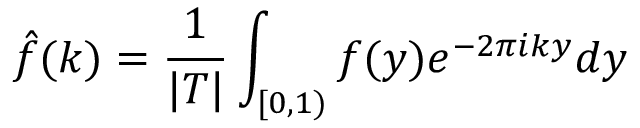
{ \hat { f } } ( k ) = { \frac { 1 } { | T | } } \int _ { [ 0 , 1 ) } f ( y ) e ^ { - 2 \pi i k y } d y